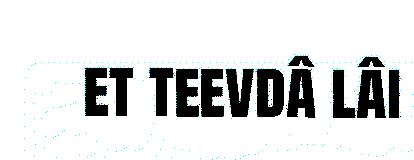
et teevdâ lâi